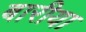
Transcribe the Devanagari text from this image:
बारीया